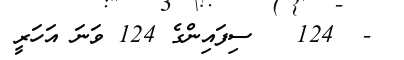
-  124   ސިފައިންގެ 124 ވަނަ އަހަރީ